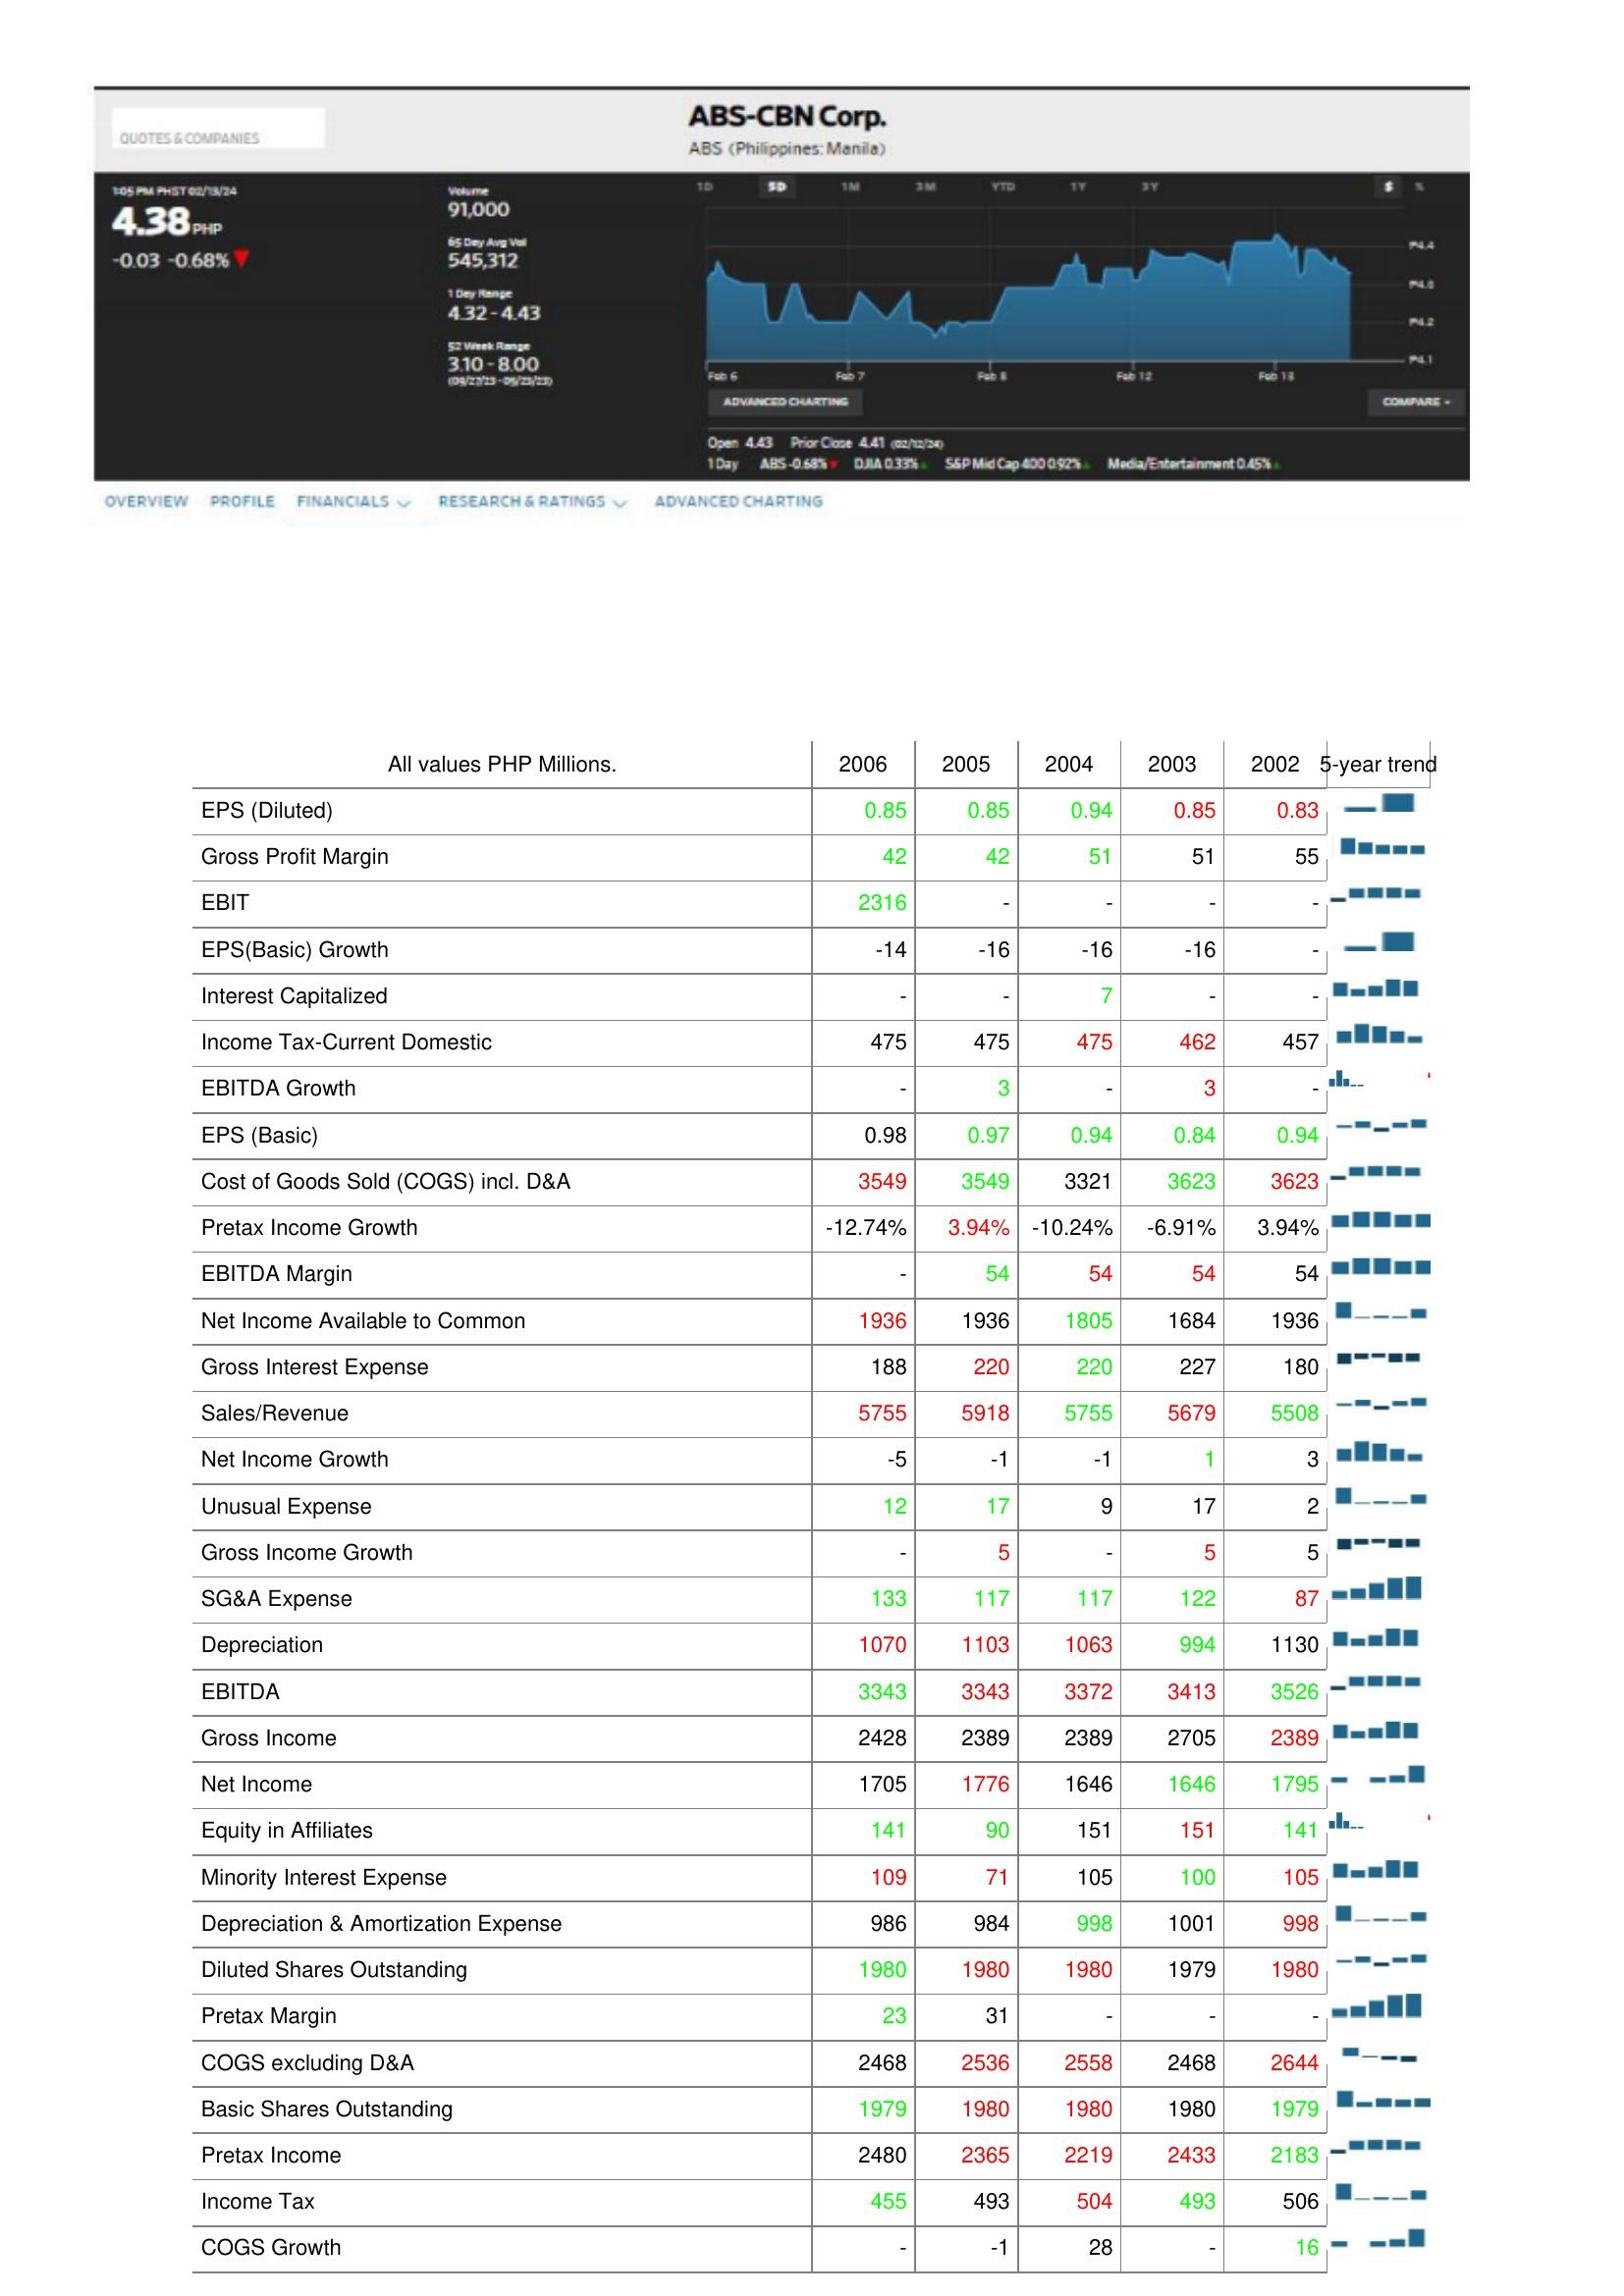
2006: : EPS (Diluted): 0.85
Gross Profit Margin: 42
EBIT: 2316
EPS(Basic) Growth: -14
Interest Capitalized: -
Income Tax-Current Domestic: 475
EBITDA Growth: -
EPS (Basic): 0.98
Cost of Goods Sold (COGS) incl. D&A: 3549
Pretax Income Growth: -12.74%
EBITDA Margin: -
Net Income Available to Common: 1936
Gross Interest Expense: 188
Sales/Revenue: 5755
Net Income Growth: -5
Unusual Expense: 12
Gross Income Growth: -
SG&A Expense: 133
Depreciation: 1070
EBITDA: 3343
Gross Income: 2428
Net Income: 1705
Equity in Affiliates: 141
Minority Interest Expense: 109
Depreciation & Amortization Expense: 986
Diluted Shares Outstanding: 1980
Pretax Margin: 23
COGS excluding D&A: 2468
Basic Shares Outstanding: 1979
Pretax Income: 2480
Income Tax: 455
COGS Growth: -
2005: : EPS (Diluted): 0.85
Gross Profit Margin: 42
EBIT: -
EPS(Basic) Growth: -16
Interest Capitalized: -
Income Tax-Current Domestic: 475
EBITDA Growth: 3
EPS (Basic): 0.97
Cost of Goods Sold (COGS) incl. D&A: 3549
Pretax Income Growth: 3.94%
EBITDA Margin: 54
Net Income Available to Common: 1936
Gross Interest Expense: 220
Sales/Revenue: 5918
Net Income Growth: -1
Unusual Expense: 17
Gross Income Growth: 5
SG&A Expense: 117
Depreciation: 1103
EBITDA: 3343
Gross Income: 2389
Net Income: 1776
Equity in Affiliates: 90
Minority Interest Expense: 71
Depreciation & Amortization Expense: 984
Diluted Shares Outstanding: 1980
Pretax Margin: 31
COGS excluding D&A: 2536
Basic Shares Outstanding: 1980
Pretax Income: 2365
Income Tax: 493
COGS Growth: -1
2004: : EPS (Diluted): 0.94
Gross Profit Margin: 51
EBIT: -
EPS(Basic) Growth: -16
Interest Capitalized: 7
Income Tax-Current Domestic: 475
EBITDA Growth: -
EPS (Basic): 0.94
Cost of Goods Sold (COGS) incl. D&A: 3321
Pretax Income Growth: -10.24%
EBITDA Margin: 54
Net Income Available to Common: 1805
Gross Interest Expense: 220
Sales/Revenue: 5755
Net Income Growth: -1
Unusual Expense: 9
Gross Income Growth: -
SG&A Expense: 117
Depreciation: 1063
EBITDA: 3372
Gross Income: 2389
Net Income: 1646
Equity in Affiliates: 151
Minority Interest Expense: 105
Depreciation & Amortization Expense: 998
Diluted Shares Outstanding: 1980
Pretax Margin: -
COGS excluding D&A: 2558
Basic Shares Outstanding: 1980
Pretax Income: 2219
Income Tax: 504
COGS Growth: 28
2003: : EPS (Diluted): 0.85
Gross Profit Margin: 51
EBIT: -
EPS(Basic) Growth: -16
Interest Capitalized: -
Income Tax-Current Domestic: 462
EBITDA Growth: 3
EPS (Basic): 0.84
Cost of Goods Sold (COGS) incl. D&A: 3623
Pretax Income Growth: -6.91%
EBITDA Margin: 54
Net Income Available to Common: 1684
Gross Interest Expense: 227
Sales/Revenue: 5679
Net Income Growth: 1
Unusual Expense: 17
Gross Income Growth: 5
SG&A Expense: 122
Depreciation: 994
EBITDA: 3413
Gross Income: 2705
Net Income: 1646
Equity in Affiliates: 151
Minority Interest Expense: 100
Depreciation & Amortization Expense: 1001
Diluted Shares Outstanding: 1979
Pretax Margin: -
COGS excluding D&A: 2468
Basic Shares Outstanding: 1980
Pretax Income: 2433
Income Tax: 493
COGS Growth: -
2002: : EPS (Diluted): 0.83
Gross Profit Margin: 55
EBIT: -
EPS(Basic) Growth: -
Interest Capitalized: -
Income Tax-Current Domestic: 457
EBITDA Growth: -
EPS (Basic): 0.94
Cost of Goods Sold (COGS) incl. D&A: 3623
Pretax Income Growth: 3.94%
EBITDA Margin: 54
Net Income Available to Common: 1936
Gross Interest Expense: 180
Sales/Revenue: 5508
Net Income Growth: 3
Unusual Expense: 2
Gross Income Growth: 5
SG&A Expense: 87
Depreciation: 1130
EBITDA: 3526
Gross Income: 2389
Net Income: 1795
Equity in Affiliates: 141
Minority Interest Expense: 105
Depreciation & Amortization Expense: 998
Diluted Shares Outstanding: 1980
Pretax Margin: -
COGS excluding D&A: 2644
Basic Shares Outstanding: 1979
Pretax Income: 2183
Income Tax: 506
COGS Growth: 16